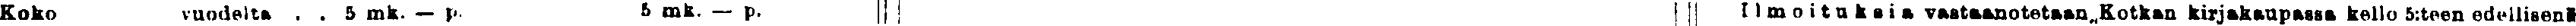
Koko vuodelta . . 5 mk. — p. 5 mk. — p. Imoituksia vaastaanotetaan, Kotkan kirjakaupassa kello 5:teen edellisenä